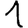
Digit: 1